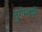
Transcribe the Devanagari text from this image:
दुर्गमहर्षी